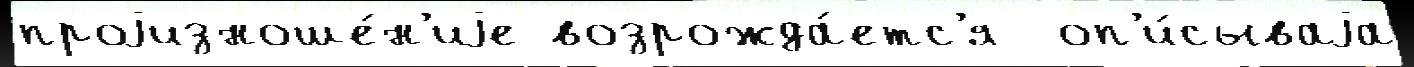
проjизноше́н'иjе возрожда́етс'я  оп'и́сываjа